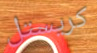
كريستل